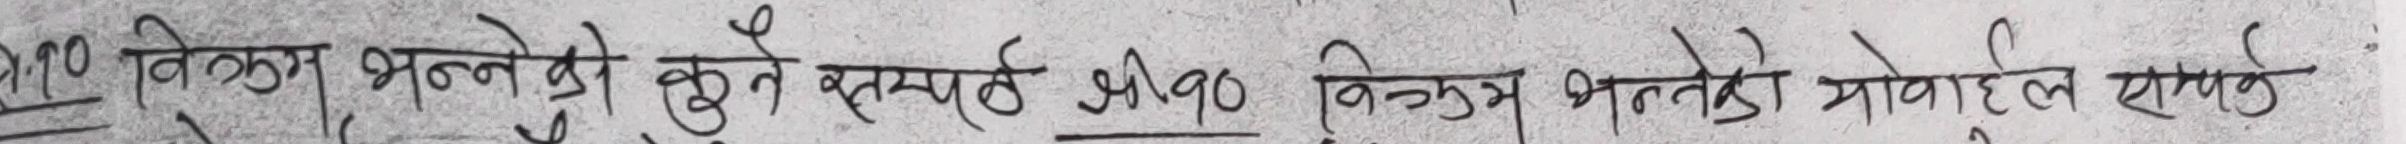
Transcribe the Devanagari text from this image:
२०. बिन्दु मिल्नेको कुने स्तम्भ श्री १० बिन्दु मिल्नेको मोबाइल सामर्थ छ ?